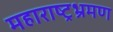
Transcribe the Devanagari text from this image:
महाराष्ट्रभ्रमण